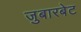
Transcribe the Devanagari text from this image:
जुबारबेट